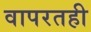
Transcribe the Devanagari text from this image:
वापरतही